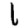
Digit: 1